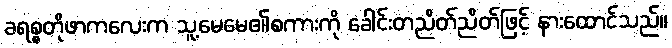
ခရစ္စတိုဖာကလေးက သူ့မေမေ၏စကားကို ခေါင်းတညိတ်ညိတ်ဖြင့် နားထောင်သည်။